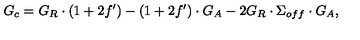
G _ { c } = G _ { R } \cdot ( 1 + 2 f ^ { \prime } ) - ( 1 + 2 f ^ { \prime } ) \cdot G _ { A } - 2 G _ { R } \cdot \Sigma _ { o f f } \cdot G _ { A } ,